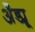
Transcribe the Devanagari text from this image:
अँड्य्रू